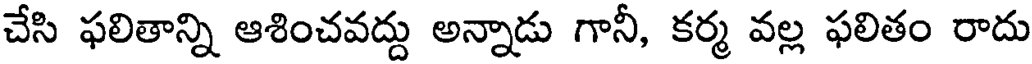
చేసి ఫలితాన్ని ఆశించవద్దు అన్నాడు గానీ, కర్మ వల్ల ఫలితం రాదు